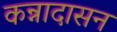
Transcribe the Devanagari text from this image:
कन्नादासन